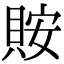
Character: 𧵨